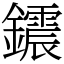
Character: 𨯂